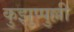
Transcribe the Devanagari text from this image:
कुझुप्पुल्ली